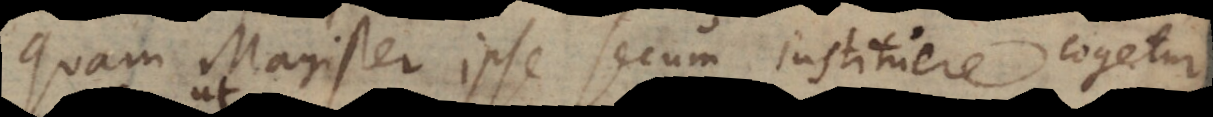
quam Magister ipse secum instituere cogetur,